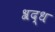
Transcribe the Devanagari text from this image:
श्रद्ध